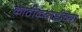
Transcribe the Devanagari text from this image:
काठीकवाडीच्या